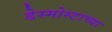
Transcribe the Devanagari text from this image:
डेस्मोस्टाच्या